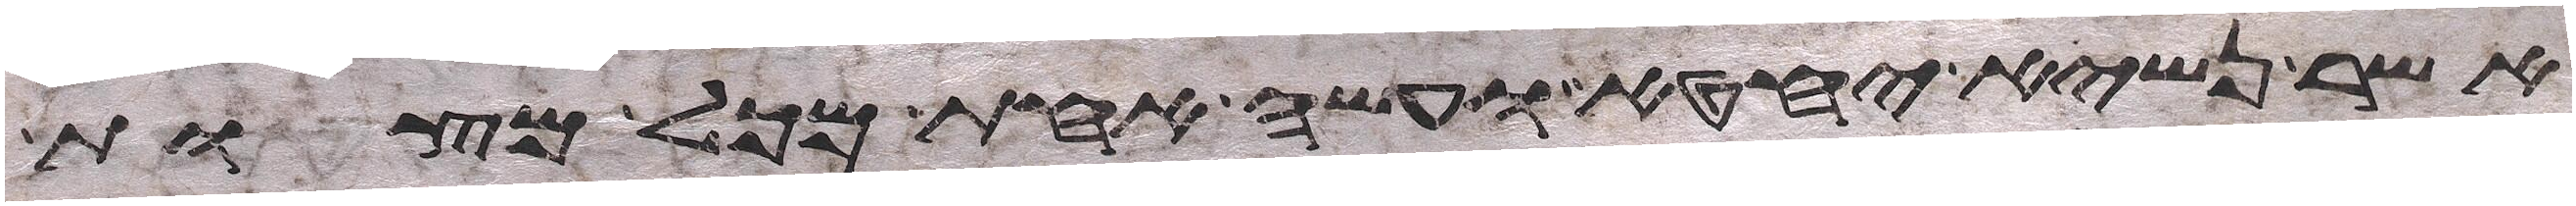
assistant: אשר נשיא יחטא ועשה אחת מכל מצות